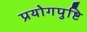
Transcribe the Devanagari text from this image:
प्रयोगपुष्टि